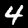
Digit: 4